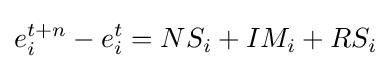
e_{i}^{t+n}-e_{i}^{t}=NS_{i}+IM_{i}+RS_{i}